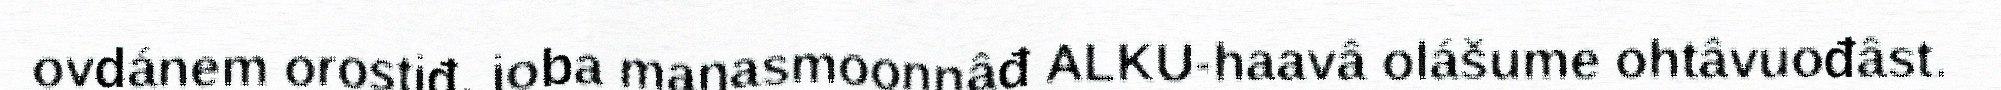
ovdánem orostiđ, joba maŋasmoonnâđ ALKU-haavâ olášume ohtâvuođâst.